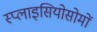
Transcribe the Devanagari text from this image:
स्प्लाइसियोसोमों